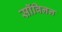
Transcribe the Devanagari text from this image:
सॉविनन